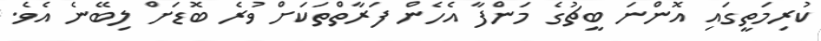
ކުރިމަތީގައި އޮންނަ ބީޗުގެ މަންފާ އެހެން ފަރާތްތަކަށް ވުރެ ބޮޑަށް ލިބޭނެ އެވެ.